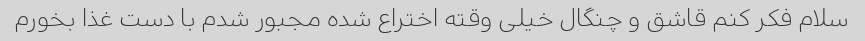
سلام فکر کنم قاشق و چنگال خیلی وقته اختراع شده مجبور شدم با دست غذا بخورم